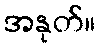
အနုတ်။